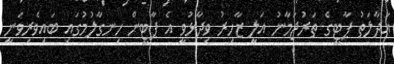
އަދާލަތު ޕާޓީގެ ތަރުޖަމާނު އަލީ ޒާހިރު ވިދާޅުވީ އެ ޕާޓީން ހިނގާލުމުގައި ބައިވެރިވަނީ